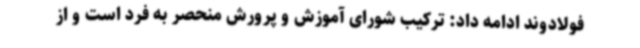
فولادوند ادامه داد: ترکیب شورای آموزش و پرورش منحصر به فرد است و از